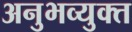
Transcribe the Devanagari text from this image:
अनुभव्युक्त